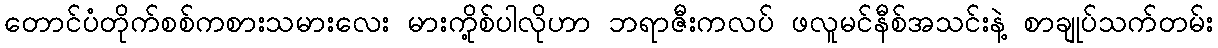
တောင်ပံတိုက်စစ်ကစားသမားလေး မားကို့စ်ပါလိုဟာ ဘရာဇီးကလပ် ဖလူမင်နီစ်အသင်းနဲ့ စာချုပ်သက်တမ်း